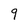
Character: 9